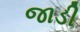
જાડી